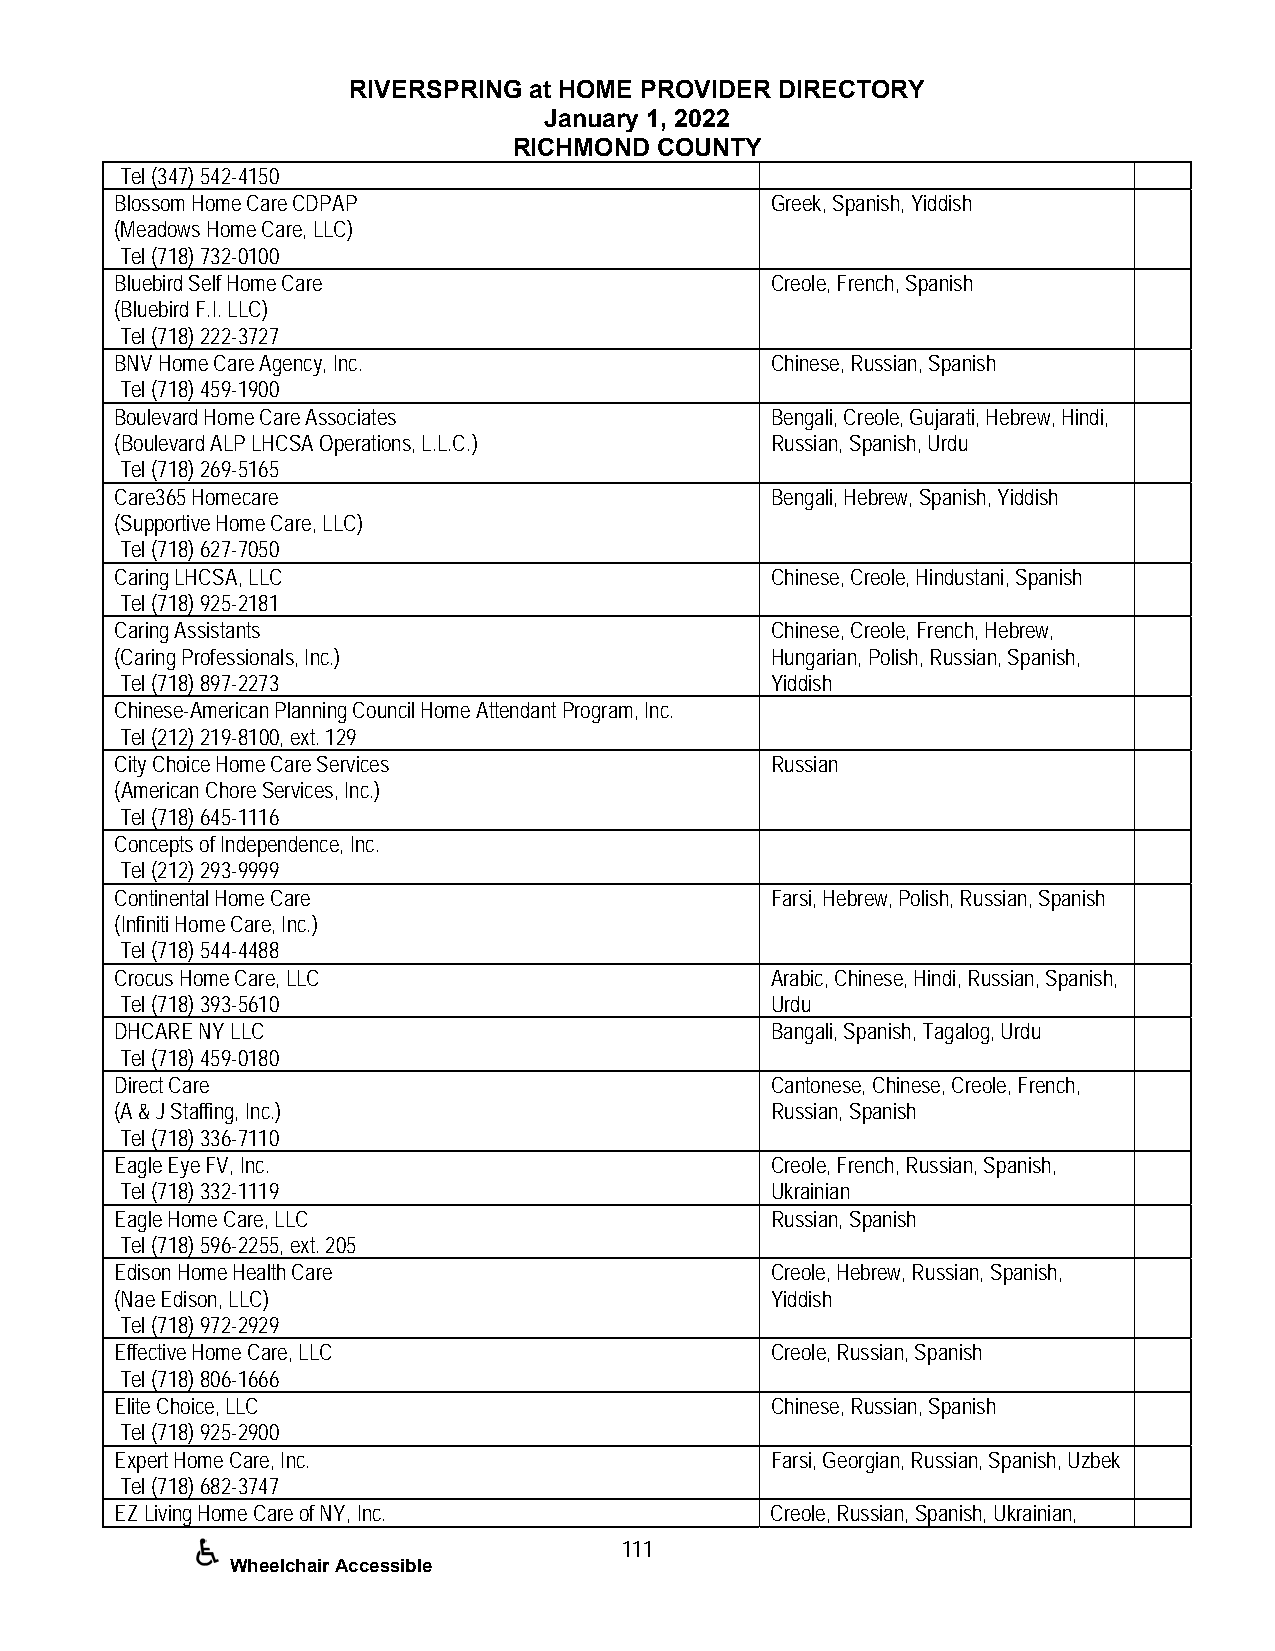
RIVERSPRING at HOME PROVIDER DIRECTORY
 January 1, 2022
 RICHMOND COUNTY
 Tel (347) 542-4150
 Blossom Home Care CDPAP                    Greek, Spanish, Yiddish
 (Meadows Home Care, LLC)
 Tel (718) 732-0100
 Bluebird Self Home Care                    Creole, French, Spanish
 (Bluebird F.I. LLC)
 Tel (718) 222-3727
 BNV Home Care Agency, Inc.                 Chinese, Russian, Spanish
 Tel (718) 459-1900
 Boulevard Home Care Associates             Bengali, Creole, Gujarati, Hebrew, Hindi,
 (Boulevard ALP LHCSA Operations, L.L.C.)   Russian, Spanish, Urdu
 Tel (718) 269-5165
 Care365 Homecare                           Bengali, Hebrew, Spanish, Yiddish
 (Supportive Home Care, LLC)
 Tel (718) 627-7050
 Caring LHCSA, LLC                          Chinese, Creole, Hindustani, Spanish
 Tel (718) 925-2181
 Caring Assistants                          Chinese, Creole, French, Hebrew,
 (Caring Professionals, Inc.)               Hungarian, Polish, Russian, Spanish,
 Tel (718) 897-2273                         Yiddish
 Chinese-American Planning Council Home Attendant Program, Inc.
 Tel (212) 219-8100, ext. 129
 City Choice Home Care Services             Russian
 (American Chore Services, Inc.)
 Tel (718) 645-1116
 Concepts of Independence, Inc.
 Tel (212) 293-9999
 Continental Home Care                      Farsi, Hebrew, Polish, Russian, Spanish
 (Infiniti Home Care, Inc.)
 Tel (718) 544-4488
 Crocus Home Care, LLC                      Arabic, Chinese, Hindi, Russian, Spanish,
 Tel (718) 393-5610                         Urdu
 DHCARE NY LLC                              Bangali, Spanish, Tagalog, Urdu
 Tel (718) 459-0180
 Direct Care                                Cantonese, Chinese, Creole, French,
 (A & J Staffing, Inc.)                     Russian, Spanish
 Tel (718) 336-7110
 Eagle Eye FV, Inc.                         Creole, French, Russian, Spanish,
 Tel (718) 332-1119                         Ukrainian
 Eagle Home Care, LLC                       Russian, Spanish
 Tel (718) 596-2255, ext. 205
 Edison Home Health Care                    Creole, Hebrew, Russian, Spanish,
 (Nae Edison, LLC)                          Yiddish
 Tel (718) 972-2929
 Effective Home Care, LLC                   Creole, Russian, Spanish
 Tel (718) 806-1666
 Elite Choice, LLC                          Chinese, Russian, Spanish
 Tel (718) 925-2900
 Expert Home Care, Inc.                     Farsi, Georgian, Russian, Spanish, Uzbek
 Tel (718) 682-3747
 EZ Living Home Care of NY, Inc.            Creole, Russian, Spanish, Ukrainian,
 111
 Wheelchair Accessible